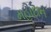
મહાદાન